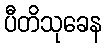
ပီတိသုခေန